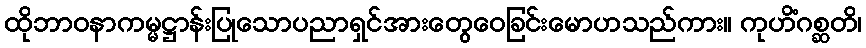
ထိုဘာဝနာကမ္မဋ္ဌာန်းပြုသောပညာရှင်အားတွေဝေခြင်းမောဟသည်ကား။ ကုဟိံဂစ္ဆတိ၊